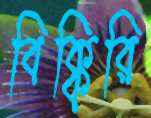
বিক্কিরি